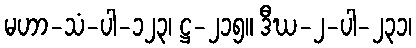
မဟာ-သံ-ပါ-၁၂၃၊ ဋ္ဌ-၂၁၅။ ဒီဃ-၂-ပါ-၂၃၁၊